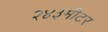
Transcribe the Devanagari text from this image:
२४३मीटर